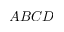
A B C D